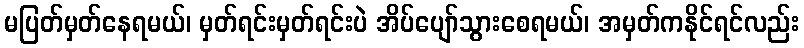
မပြတ်မှတ်နေရမယ်၊ မှတ်ရင်းမှတ်ရင်းပဲ အိပ်ပျော်သွားစေရမယ်၊ အမှတ်ကနိုင်ရင်လည်း